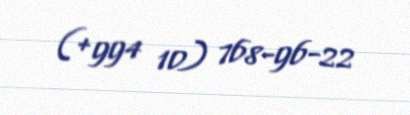
(+994 10) 768-96-22